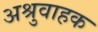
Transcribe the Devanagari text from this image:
अश्रुवाहक